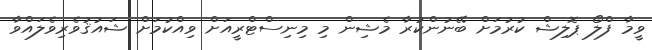
ވީމާ ފްލޯ ޕޮލިޝް ކުރުމަށް ބޭނުންކުރާ މެޝިން މި މިނިސްޓްރީއަށް ވިއްކުމަށް ޝައުޤުވެރިވެލައްވާ